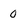
Character: 0